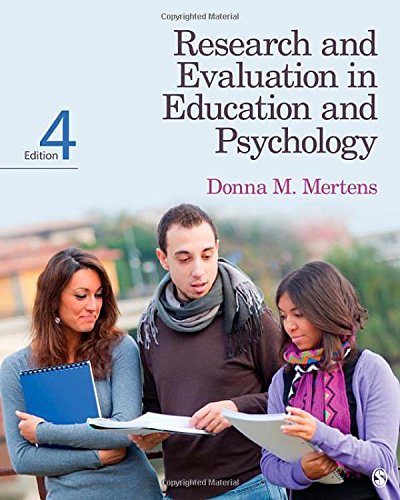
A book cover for Research and Evaluation in Education and Psychology: Integrating Diversity With Quantitative, Qualitative, and Mixed Methods; Donna M. Mertens; Medical Books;